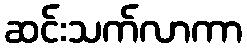
ဆင်းသက်လာကာ